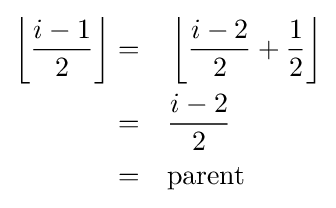
{\begin{alignedat}{2}\left\lfloor {\dfrac {i-1}{2}}\right\rfloor =&\quad \left\lfloor {\dfrac {i-2}{2}}+{\dfrac {1}{2}}\right\rfloor \\=&\quad {\frac {i-2}{2}}\\=&\quad {\text{parent}}\end{alignedat}}